Leaving Certificate Examination (including Day School Certificate (Higher) General paper), 1934
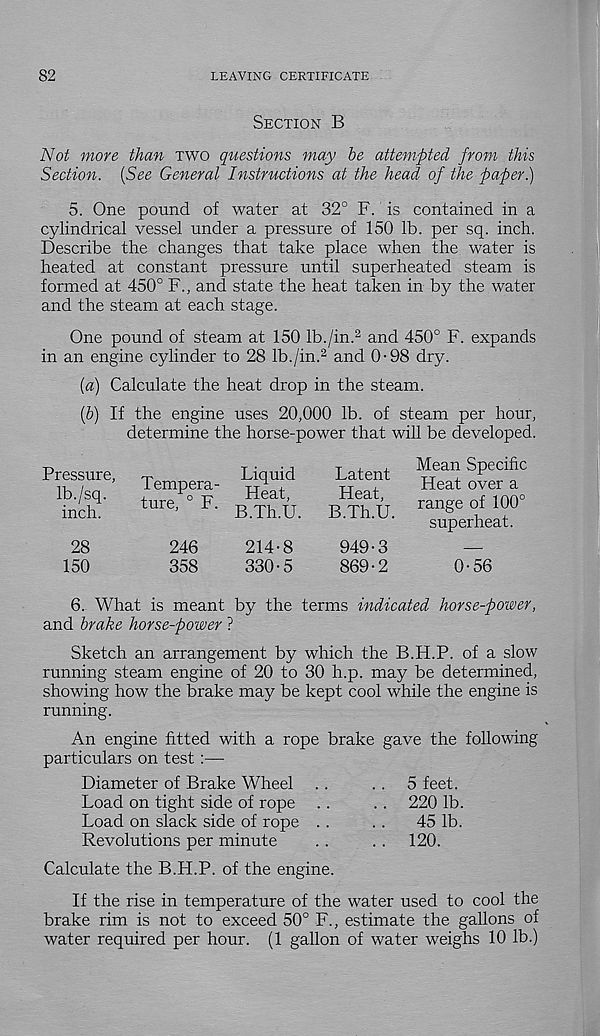
82
LEAVING CERTIFICATE
Section B
Not more than two questions may be attempted from this
Section. {See General Instructions at the head of the paper.)
5. One pound of water at 32° F. is contained in a
cylindrical vessel under a pressure of 150 lb. per sq. inch.
Describe the changes that take place when the water is
heated at constant pressure until superheated steam is
formed at 450° F., and state the heat taken in by the water
and the steam at each stage.
One pound of steam at 150 lb./in. 2 and 450° F. expands
in an engine cylinder to 28 lb./in. 2 and 0-98 dry.
(а) Calculate the heat drop in the steam.
(б) If the engine uses 20,000 lb. of steam per hour,
determine the horse-power that will be developed.
Pressure,
Ib./sq.
inch.
28
150
Tempera-
ture, 0 F.
246
358
Liquid
Heat,
B.Th.U.
214-8
330-5
Latent
Heat,
B.Th.U.
949-3
869-2
Mean Specific
Heat over a
range of 100°
superheat.
0-56
6. What is meant by the terms indicated horse-power,
and brake horse-power ?
Sketch an arrangement by which the B.H.P. of a slow
running steam engine of 20 to 30 h.p. may be determined,
showing how the brake may be kept cool while the engine is
running.
An engine fitted with a rope brake gave the following
particulars on test:—
Diameter of Brake Wheel . .
. . 5 feet.
Load on tight side of rope ..
.. 220 lb.
Load on slack side of rope ..
. .
45 lb.
Revolutions per minute
. .
. . 120.
Calculate the B.H.P. of the engine.
If the rise in temperature of the water used to cool the
brake rim is not to exceed 50° F., estimate the gallons of
water required per hour. (1 gallon of water weighs 10 lb.)